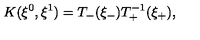
K ( \xi ^ { 0 } , \xi ^ { 1 } ) = T _ { - } ( \xi _ { - } ) T _ { + } ^ { - 1 } ( \xi _ { + } ) ,